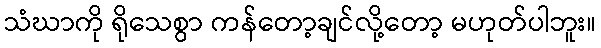
သံဃာကို ရိုသေစွာ ကန်တော့ချင်လို့တော့ မဟုတ်ပါဘူး။